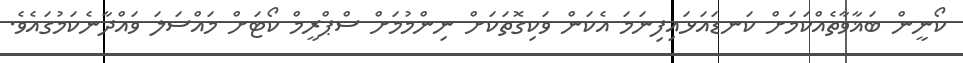
ކޯނީން ބަޣާވާތެއްކަމަށް ކަނޑައަޅައިފިނަމަ އެކަން ވަކިގޮތަކަށް ނިންމުމަށް ސްޕްރީމް ކޯޓަށް މައްސަލަ ވައްދާނެކަމުގައެވެ.